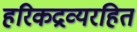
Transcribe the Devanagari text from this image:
हरिकद्रव्यरहित